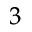
^ 3